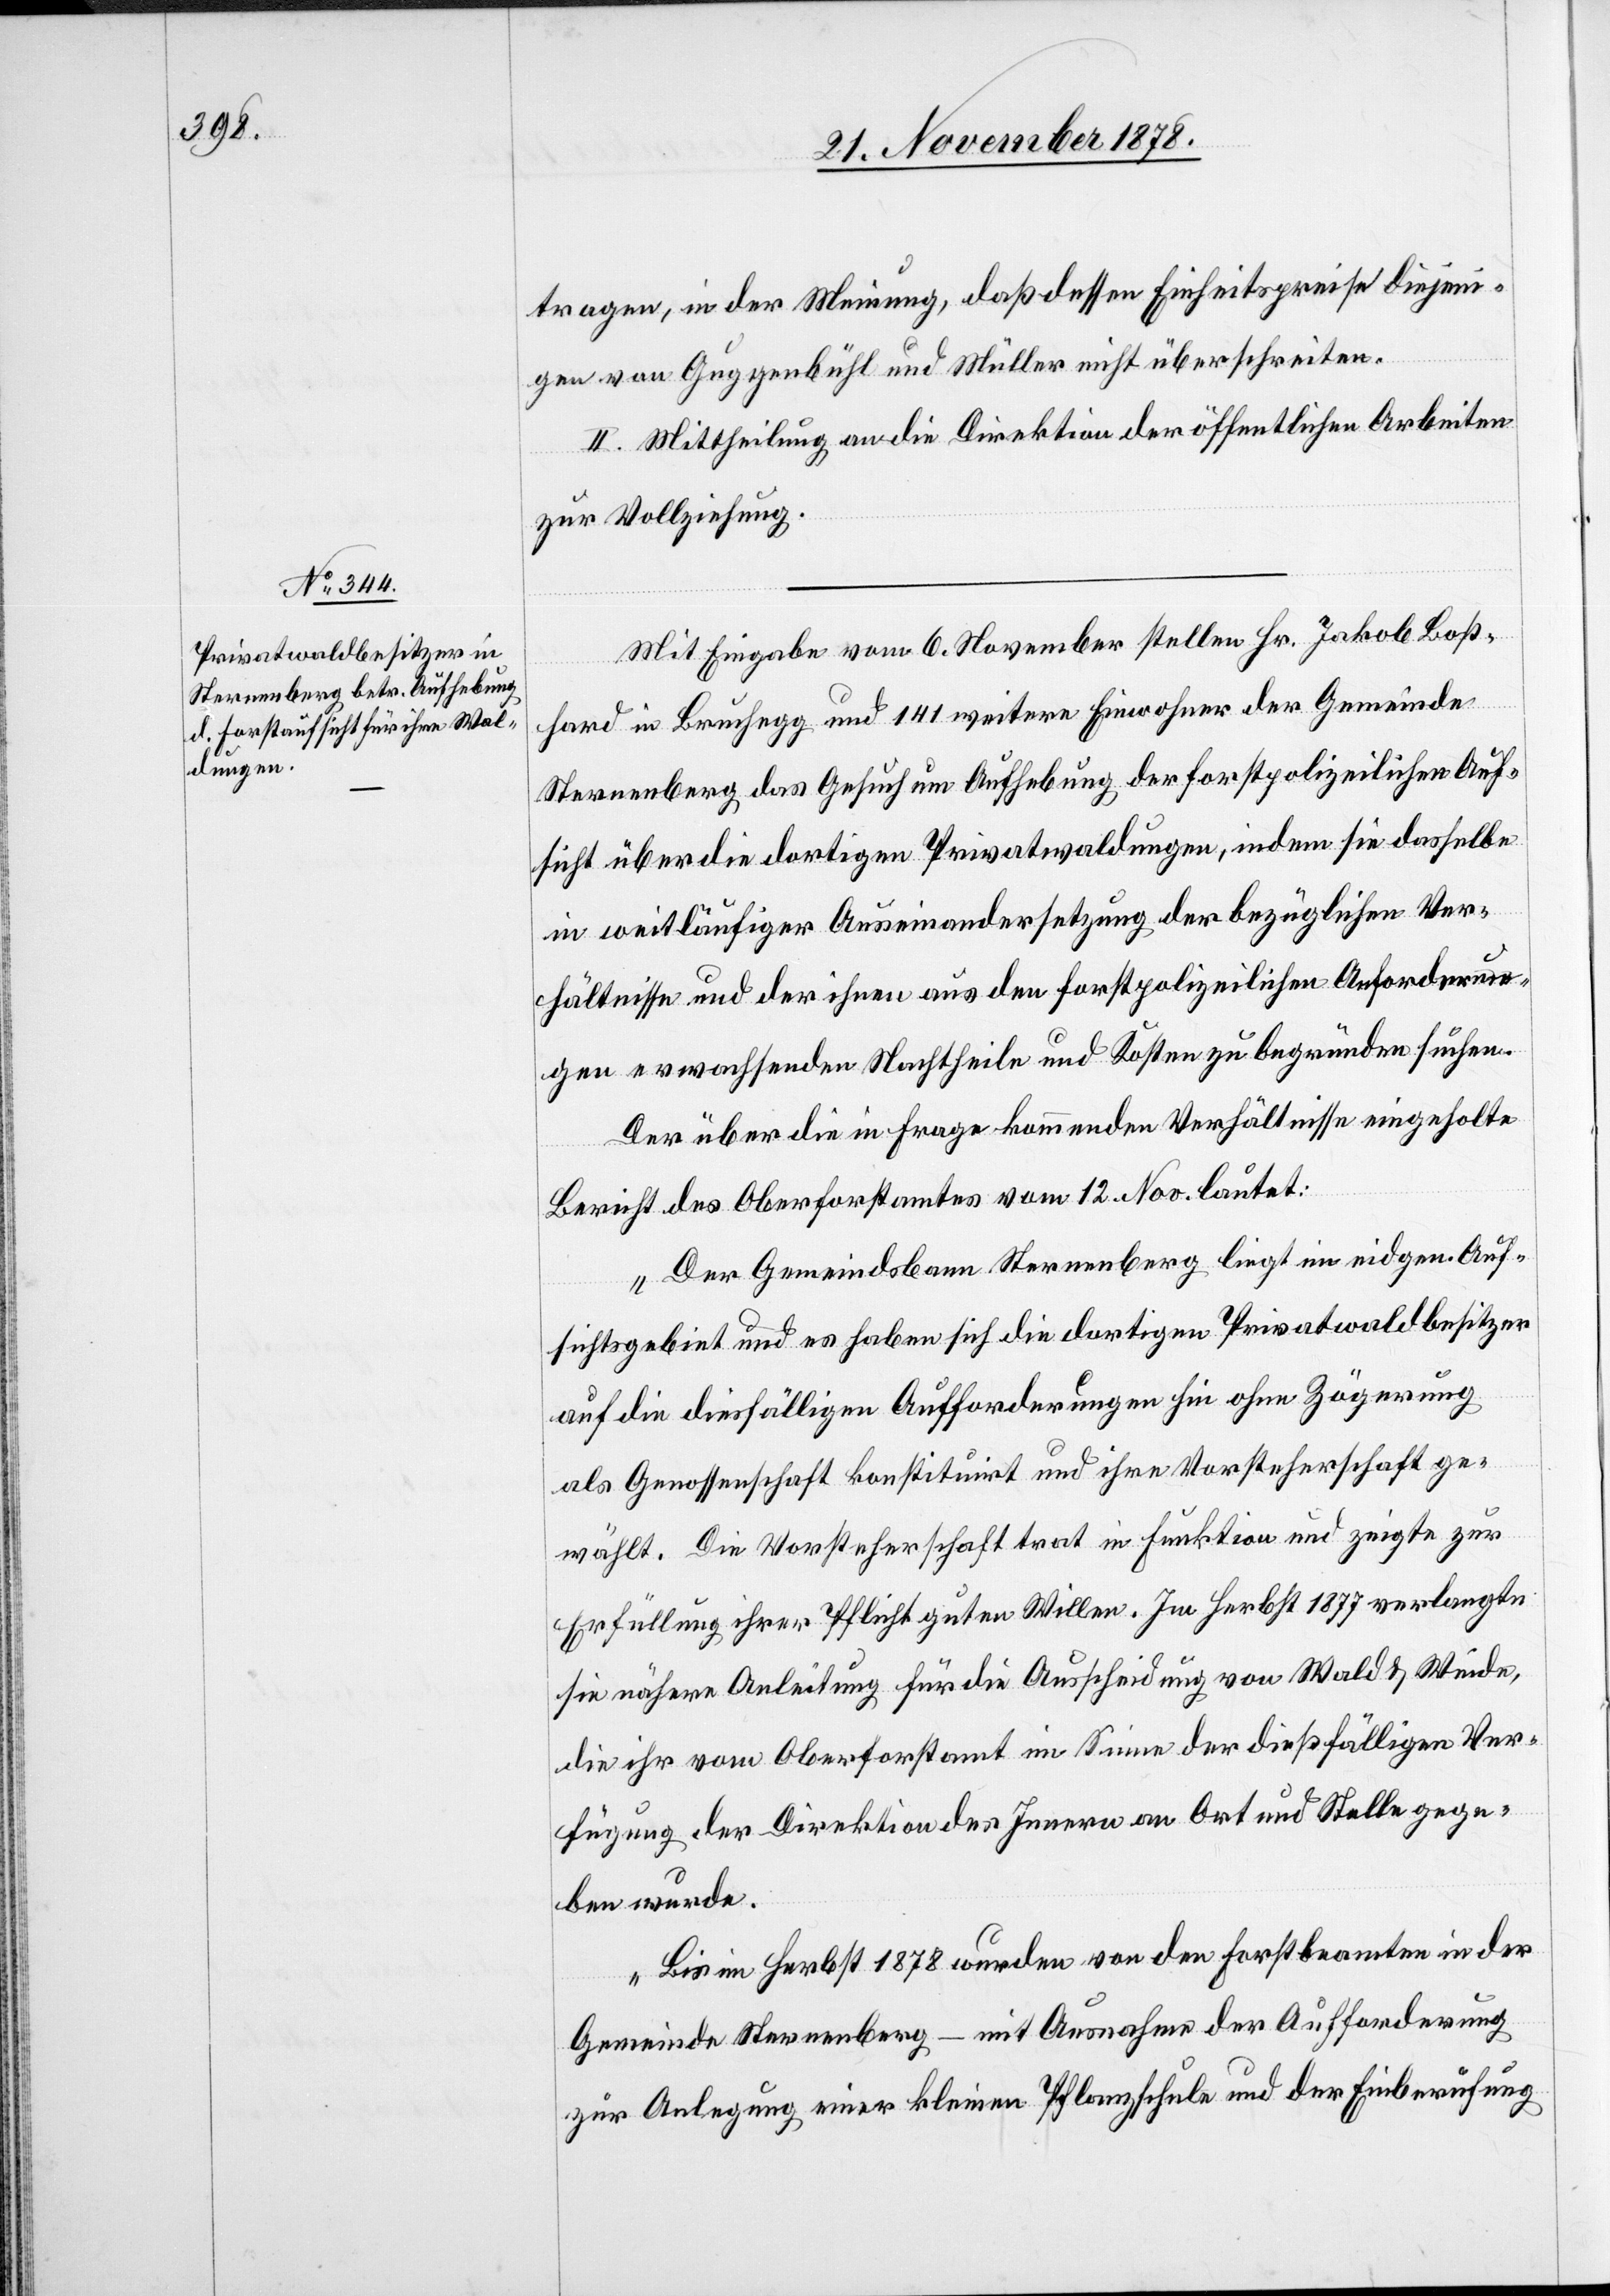
tragen, in der Meinung, daß dessen Einheitspreise diejeni¬
gen von Guggenbühl und Müller nicht überschreiten.
II. Mittheilung an die Direktion der öffentlichen Arbeiten
zur Vollziehung.
Mit Eingabe vom 6. November stellen Hr. Jakob Boß¬
hard in Bruchegg und 141 weitere Einwohner der Gemeinde
Sternenberg das Gesuch um Aufhebung der forstpolizeilichen Auf¬
sicht über die dortigen Privatwaldungen, indem sie dasselbe
in weitläufiger Auseinandersetzung der bezüglichen Ver¬
hältnisse und der ihnen aus den forstpolizeilichen Anforderun¬
gen erwachsenden Nachtheile und Kosten zu begründen suchen.
Der über die in Frage kommenden Verhältnisse eingeholte
Bericht des Oberforstamtes vom 12. Nov. lautet:
„Der Gemeindsbann Sternenberg liegt im eidgen. Auf¬
sichtsgebiet und es haben sich die dortigen Privatwaldbesitzer
auf die diesfälligen Aufforderungen hin ohne Zögerung
als Genossenschaft konstituirt und ihre Vorsteherschaft ge¬
wählt. Die Vorsteherschaft trat in Funktion und zeigte zur
Erfüllung ihrer Pflicht guten Willen. Im Herbst 1877 verlangte
sie nähere Anleitung für die Ausscheidung von Wald & Weide,
die ihr vom Oberforstamt im Sinne der dießfälligen Ver¬
fügung der Direktion des Innern an Ort und Stelle gege¬
ben wurde.
Bis im Herbst 1878 wurden von den Forstbeamten in der
Gemeinde Sternenberg – mit Ausnahme der Aufforderung
zur Anlegung einer kleinen Pflanzschule und der Einberufung